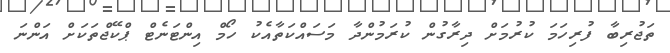
ތަޖުރިބާ ފުރިހަމަ ކުރުމަށް ދިރާގުން ކުރަމުންދާ މަސައްކަތާއެކު ހޯމް އިންޓަނެޓް ޕްކޭޖްތަކަށް އަންނަ